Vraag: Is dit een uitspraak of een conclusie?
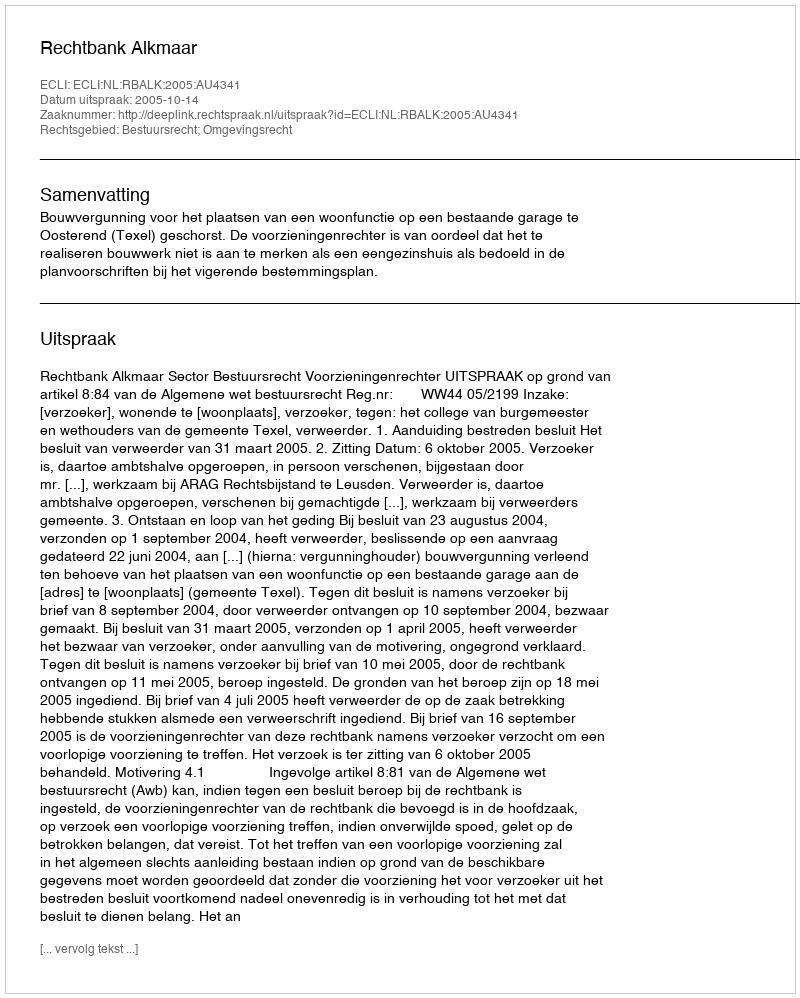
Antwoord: Uitspraak